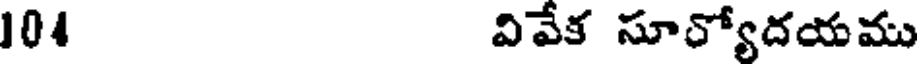
104 వివేక సూర్యోదయము